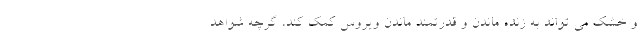
و خشک می تواند به زنده ماندن و قدرتمند ماندن ویروس کمک کند، گرچه شواهد